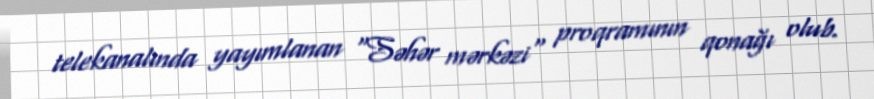
telekanalında yayımlanan "Səhər mərkəzi" proqramının qonağı olub.